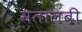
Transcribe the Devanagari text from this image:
मतालंबी